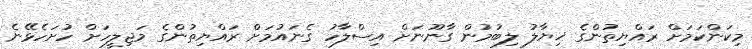
މިކަންކަމަށް ރައްޔިތުންގެ ޚިޔާލު ލިބުމުން ގާނޫނަށް އިސްލާހު ގެނައުމަށް ރައްޔިތުންގެ މަޖިލީހަށް ހުށަހެޅޭނެ